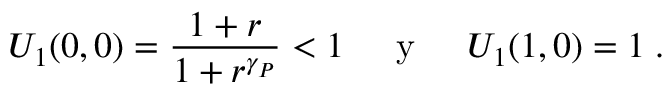
U _ { 1 } ( 0 , 0 ) = \frac { 1 + r } { 1 + r ^ { \gamma _ { P } } } < 1 \; \; \; \; { \mathrm { ~ y ~ } } \; \; \; \; U _ { 1 } ( 1 , 0 ) = 1 \; .